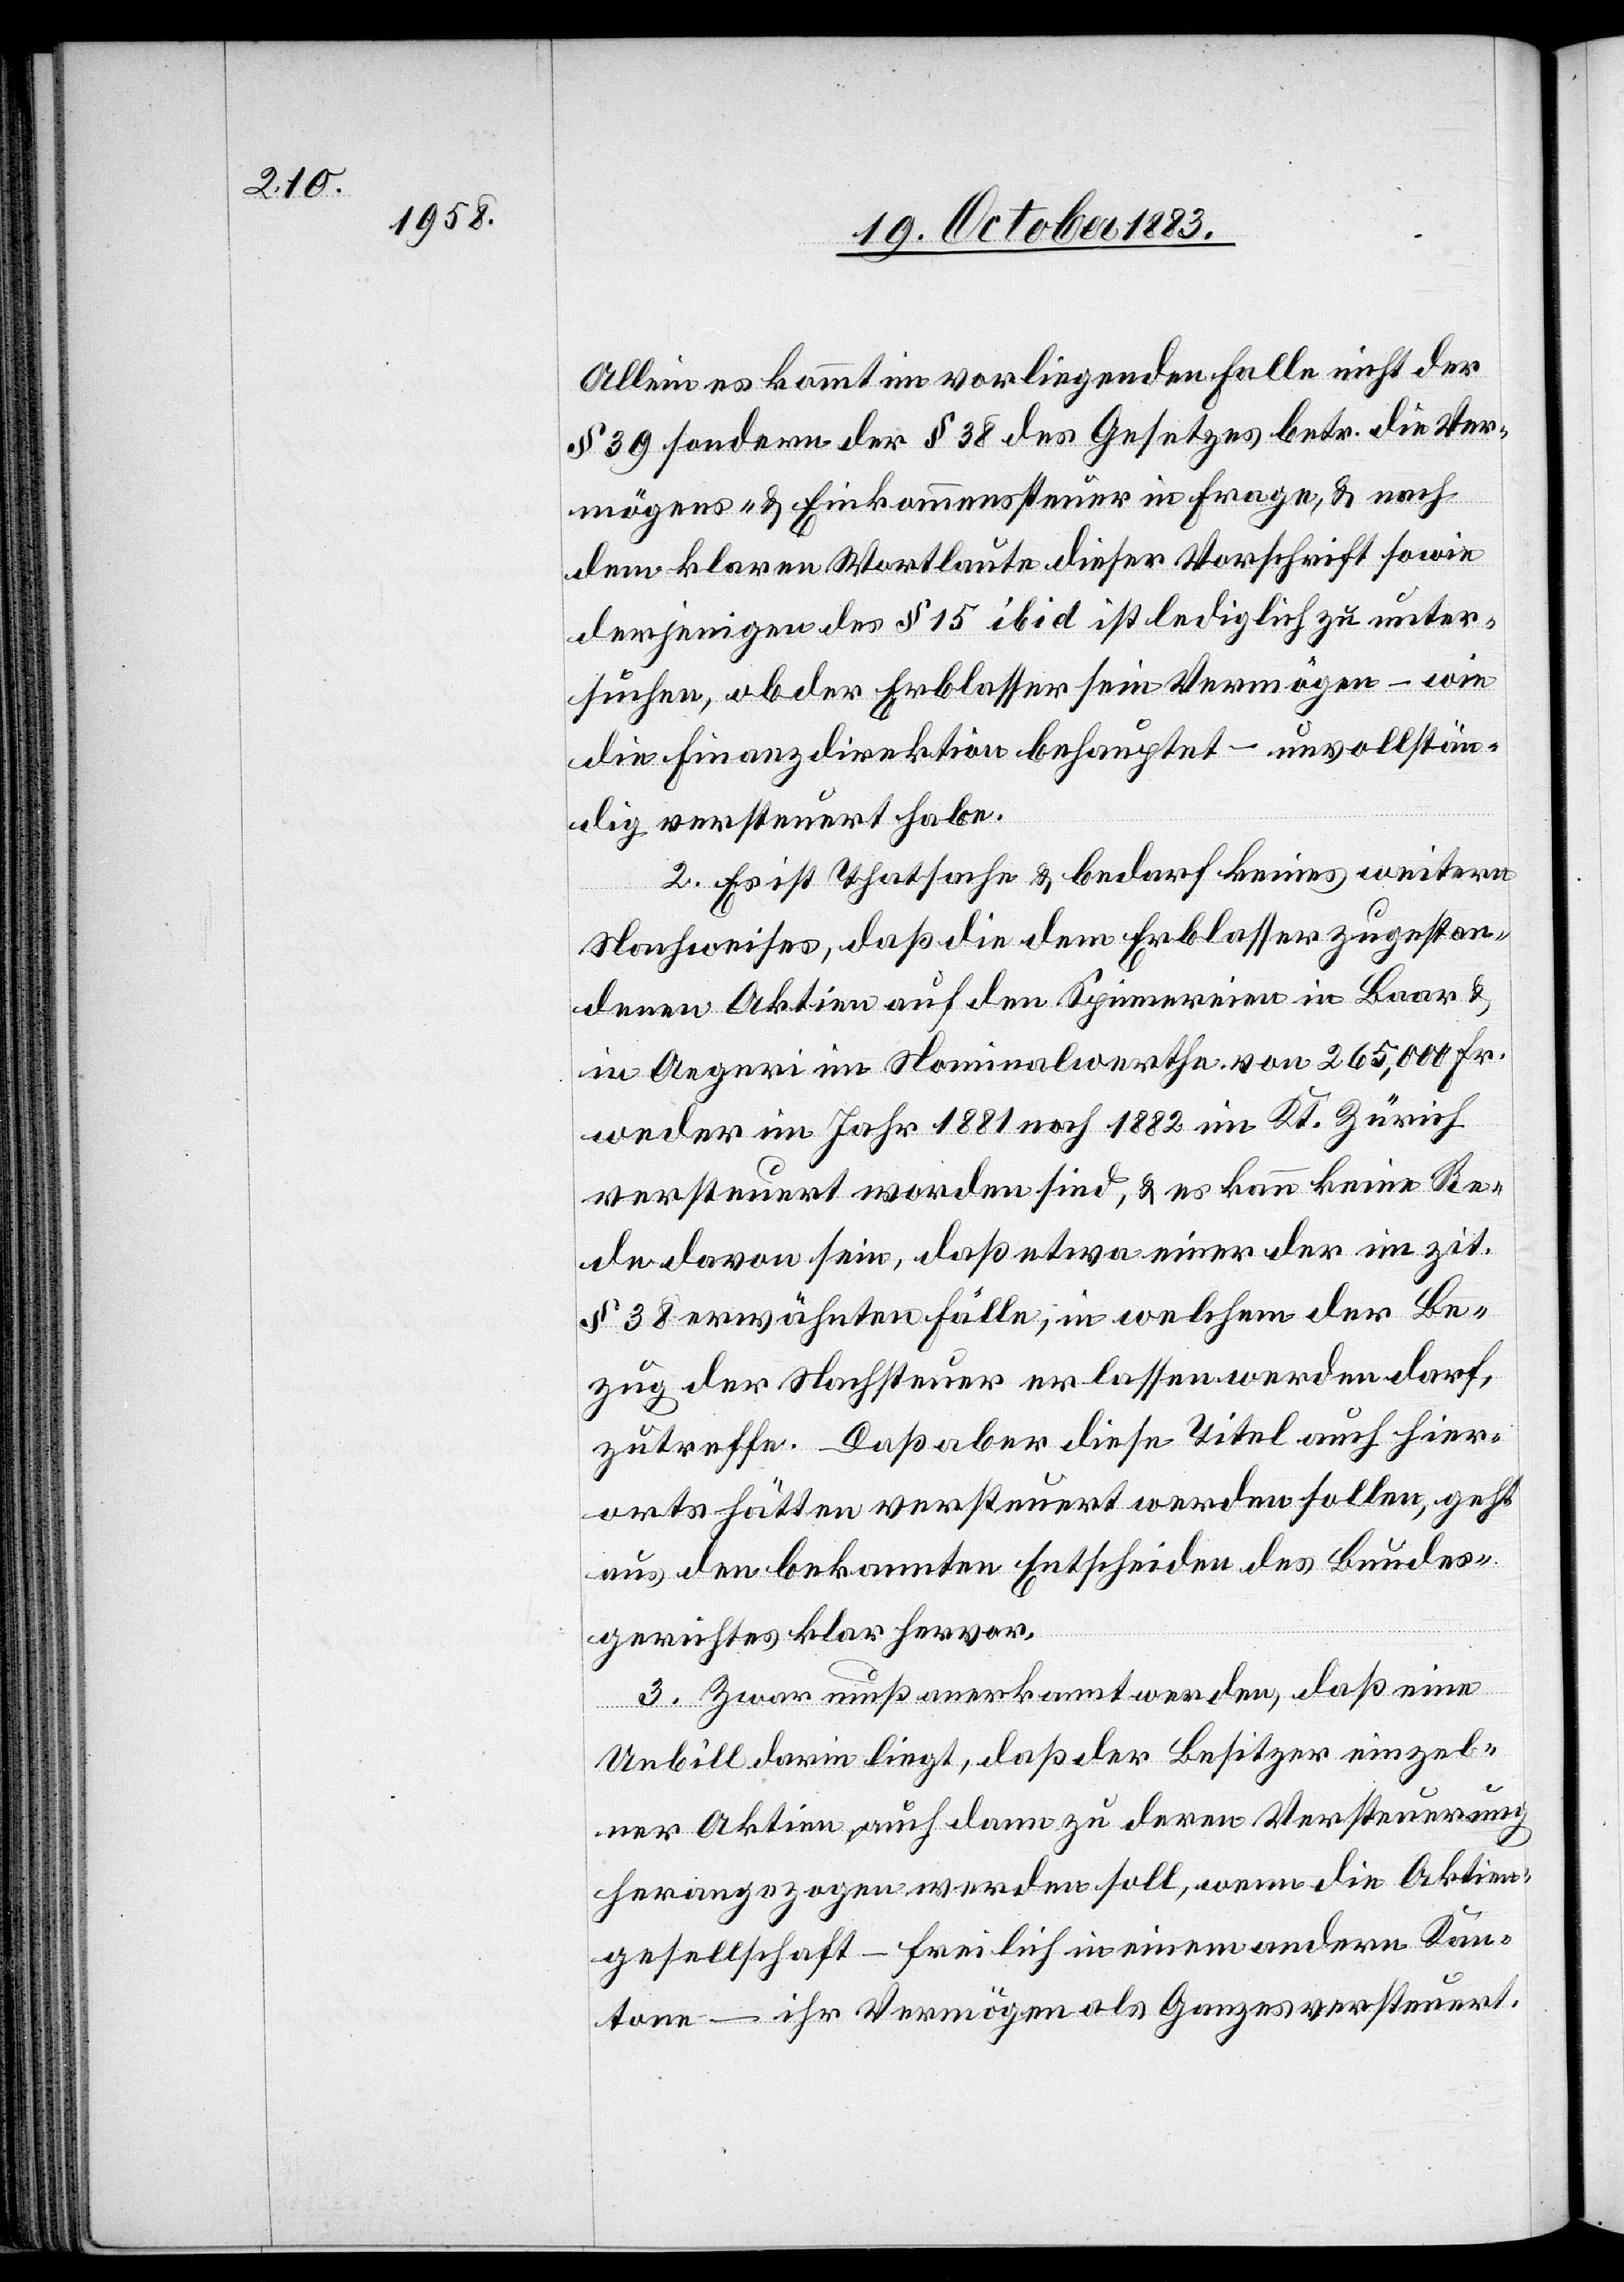
Allein es kommt im vorliegenden Falle nicht der
§ 39 sondern der § 38 des Gesetzes betr. die Ver¬
mögens- & Einkommenssteuer in Frage, & nach¬
dem klaren Wortlaute dieser Vorschrift sowie
derjenigen des § 15 ibid ist lediglich zu unter¬
suchen, ob der Erblasser sein Vermögen – wie
die Finanzdirektion behauptet – unvollstän¬
dig versteuert habe.
2. Es ist Thatsache & bedarf keines weitern
Nachweises, daß die dem Erblasser zugestan¬
denen Aktien auf den Spinnereien in Baar &
in Aegeri im Nominalwerthe von 265,000 Fr.
weder im Jahr 1881 noch 1882 im Kt. Zürich
versteuert worden sind, & es kann keine Re¬
de davon sein, daß etwa einer der im zit.
§ 38 erwähnten Fälle, in welchem der Be¬
zug der Nachsteuer erlassen werden darf,
zutreffe. Daß aber diese Titel auch hier¬
orts hätten versteuert werden sollen, geht
aus den bekannten Entscheiden des Bundes¬
gereichtes klar hervor.
3. Zuvor muß anerkannt werden, daß eine
Unbill darin liegt, daß der Besitzer einzel¬
ner Aktien auch dann zu deren Versteuerung
herangezogen werden soll, wenn die Aktien¬
gesellschaft – freilich in einem andern Kan¬
tone – ihr Vermögen als Ganzes versteuert.